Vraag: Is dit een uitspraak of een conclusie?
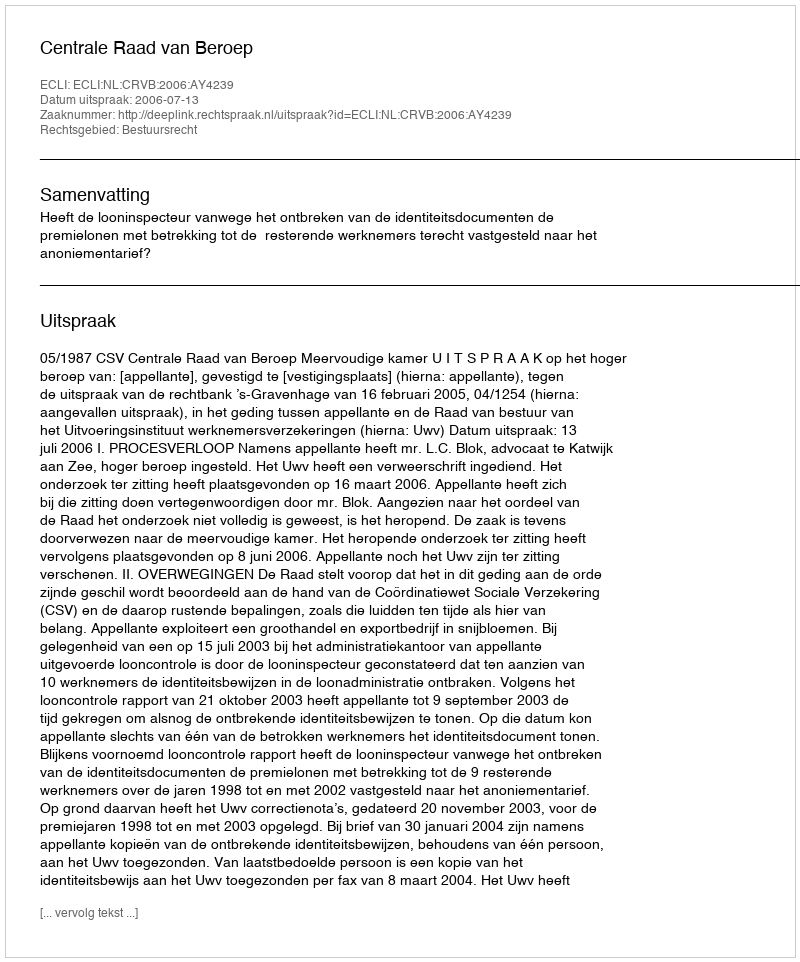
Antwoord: Uitspraak